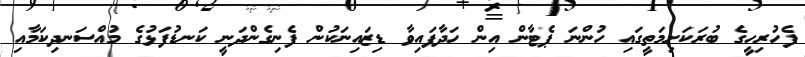
ފެހުރިހީގެ ބުރަކަށިމަތީގައި ހުންނަ ޕެޓާން އިން ހަދާފައިވާ ޑިޒައިނަކުން ފެނިގެންދަނީ ކަނޑުފަޅުގެ މުއްސަނދިކަމާއި